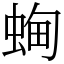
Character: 蜔